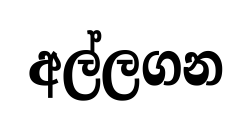
අල්ලගන